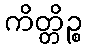
ကိတ္တိဉ္စ